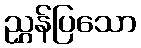
ညွှန်ပြသော